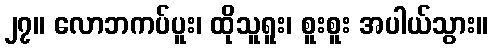
၂၇။ လောဘကပ်ပူး၊ ထိုသူရူး၊ စူးစူး အပါယ်သွား။